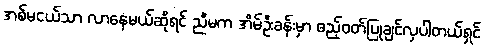
အစ်မငယ်သာ လာနေမယ်ဆိုရင် ညီမက အိမ်ဦးခန်းမှာ ဧည့်ဝတ်ပြုချင်လှပါတယ်ရှင်